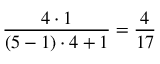
\frac { 4 \cdot 1 } { ( 5 - 1 ) \cdot 4 + 1 } = \frac { 4 } { 1 7 }